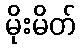
မိုးမိတ်